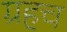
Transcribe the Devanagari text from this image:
ग्रहच